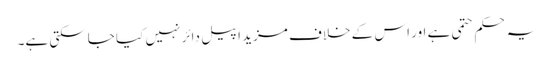
یہ حکم حتمی ہے اور اس کے خلاف مزید اپیل دائر نہیں کیا جاسکتی ہے۔